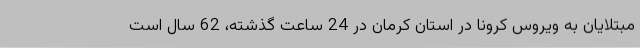
مبتلایان به ویروس کرونا در استان کرمان در 24 ساعت گذشته، 62 سال است